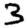
Digit: 3